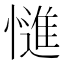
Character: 𭞷